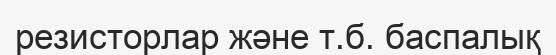
резисторлар және т.б. баспалық